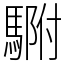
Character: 䮛